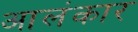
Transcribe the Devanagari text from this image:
आलंकार